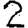
Digit: 2